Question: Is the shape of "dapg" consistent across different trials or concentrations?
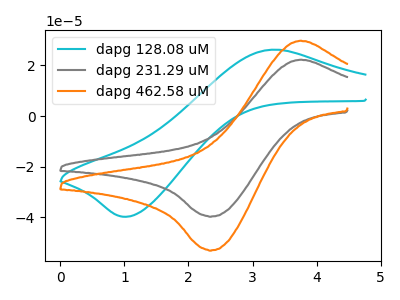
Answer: <think>The cyan curve "dapg 128.08 uM" has an anodic peak at (3.35V, 26.20uA) and a cathodic peak at (1.05V, -39.75uA). The gray curve "dapg 231.29 uM" has an anodic peak at (3.75V, 22.20uA) and a cathodic peak at (2.35V, -39.60uA). The orange curve "dapg 462.58 uM" has an anodic peak at (3.75V, 29.70uA) and a cathodic peak at (2.35V, -52.95uA).
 "dapg 128.08 uM" and "dapg 231.29 uM" have at least one peak that do not match. "dapg 128.08 uM" and "dapg 462.58 uM" have at least one peak that do not match. All the peaks in "dapg 231.29 uM" have a peak in "dapg 462.58 uM" at the same potential. Every peak in "dapg 231.29 uM" is lower than every peak in "dapg 462.58 uM".</think>
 <answer>All the CV's of "dapg" have similar shape.</answer>
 <eval>follow_rule</eval>